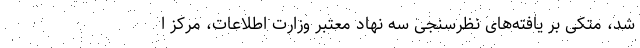
شد، متکی بر یافته‌های نظرسنجی سه نهاد معتبر وزارت اطلاعات، مرکز ا